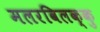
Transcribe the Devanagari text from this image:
मलरविलक्कु